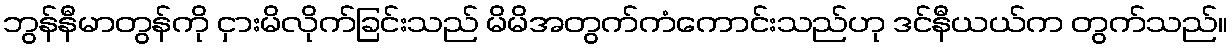
ဘွန်နီမာတွန်ကို ငှားမိလိုက်ခြင်းသည် မိမိအတွက်ကံကောင်းသည်ဟု ဒင်နီယယ်က တွက်သည်။